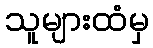
သူများထံမှ